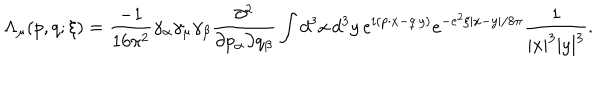
\Lambda _ { \mu } ( p , q ; \xi ) = \frac { - 1 } { 1 6 \pi ^ { 2 } } \gamma _ { \alpha } \gamma _ { \mu } \gamma _ { \beta } \frac { \partial ^ { 2 } } { \partial p _ { \alpha } \partial q _ { \beta } } \int d ^ { 3 } x \, d ^ { 3 } y \, e ^ { i ( p \cdot x - q \cdot y ) } e ^ { - e ^ { 2 } \xi \left| x - y \right| / 8 \pi } \frac { 1 } { | x | ^ { 3 } | y | ^ { 3 } } .